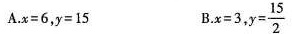
A.$$x = 6$$，$$y = 1 5$$ B.$$x = 3$$，$$y = \frac { 1 5 } { 2 }$$